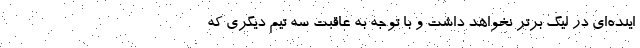
اینده‌ای در لیگ برتر نخواهد داشت و با توجه به عاقبت سه تیم دیگری که